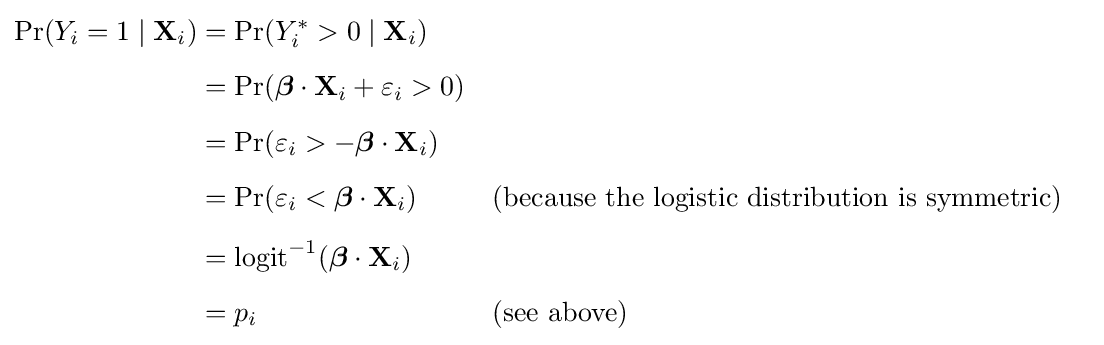
{\begin{aligned}\Pr(Y_{i}=1\mid \mathbf {X} _{i})&=\Pr(Y_{i}^{\ast }>0\mid \mathbf {X} _{i})\\[5pt]&=\Pr({\boldsymbol {\beta }}\cdot \mathbf {X} _{i}+\varepsilon _{i}>0)\\[5pt]&=\Pr(\varepsilon _{i}>-{\boldsymbol {\beta }}\cdot \mathbf {X} _{i})\\[5pt]&=\Pr(\varepsilon _{i}<{\boldsymbol {\beta }}\cdot \mathbf {X} _{i})&&{\text{(because the logistic distribution is symmetric)}}\\[5pt]&=\operatorname {logit} ^{-1}({\boldsymbol {\beta }}\cdot \mathbf {X} _{i})&\\[5pt]&=p_{i}&&{\text{(see above)}}\end{aligned}}